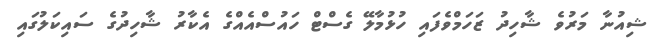
ޝިއުނާ މަރުވެ ޝާހިދު ޒަހަމްވެފައި ހުޅުމާލޭ ގެސްޓް ހައުސްއެއްގެ އެކާރު ޝާހިދުގެ ސައިކަލުގައި